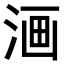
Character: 𣶩